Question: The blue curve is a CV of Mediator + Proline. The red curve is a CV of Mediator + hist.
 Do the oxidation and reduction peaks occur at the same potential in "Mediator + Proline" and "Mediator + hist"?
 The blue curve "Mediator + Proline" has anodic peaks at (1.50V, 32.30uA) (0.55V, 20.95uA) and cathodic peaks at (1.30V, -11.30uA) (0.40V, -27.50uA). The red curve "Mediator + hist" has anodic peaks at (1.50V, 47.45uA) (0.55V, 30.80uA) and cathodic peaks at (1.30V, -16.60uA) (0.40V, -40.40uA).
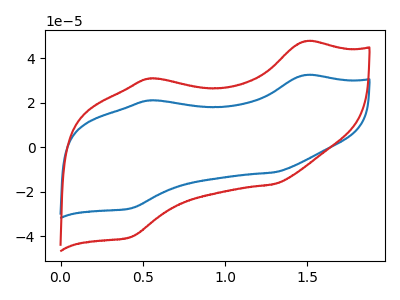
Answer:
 <answer>Yes, "Mediator + Proline" have a peak in "Mediator + hist" at the same potential.</answer>
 <eval>match</eval>